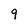
Character: 9